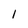
Character: 1